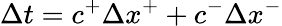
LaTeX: \Delta t=c^{+}\Delta x^{+}+c^{-}\Delta x^{-}